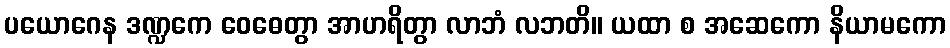
ပယောဂေန ဒဏ္ဍကေ ဝေဓေတွာ အာဟရိတွာ လာဘံ လဘတိ။ ယထာ စ အဆေကော နိယာမကော